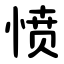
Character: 愤